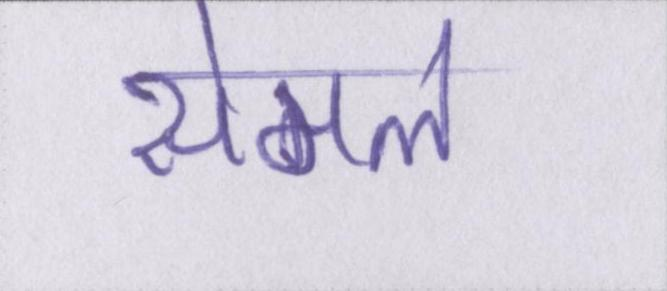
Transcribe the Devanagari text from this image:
सेमल